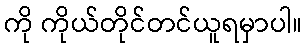
ကို ကိုယ်တိုင်တင်ယူရမှာပါ။